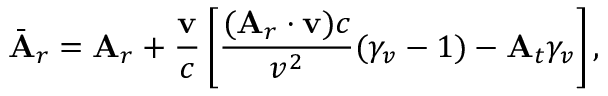
\bar { \mathbf { A } } _ { r } = \mathbf { A } _ { r } + \frac { \mathbf { v } } { c } \left[ \frac { ( \mathbf { A } _ { r } \cdot \mathbf { v } ) c } { v ^ { 2 } } ( \gamma _ { v } - 1 ) - \mathbf { A } _ { t } \gamma _ { v } \right] ,